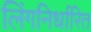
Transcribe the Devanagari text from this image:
लिंगनिर्धारित